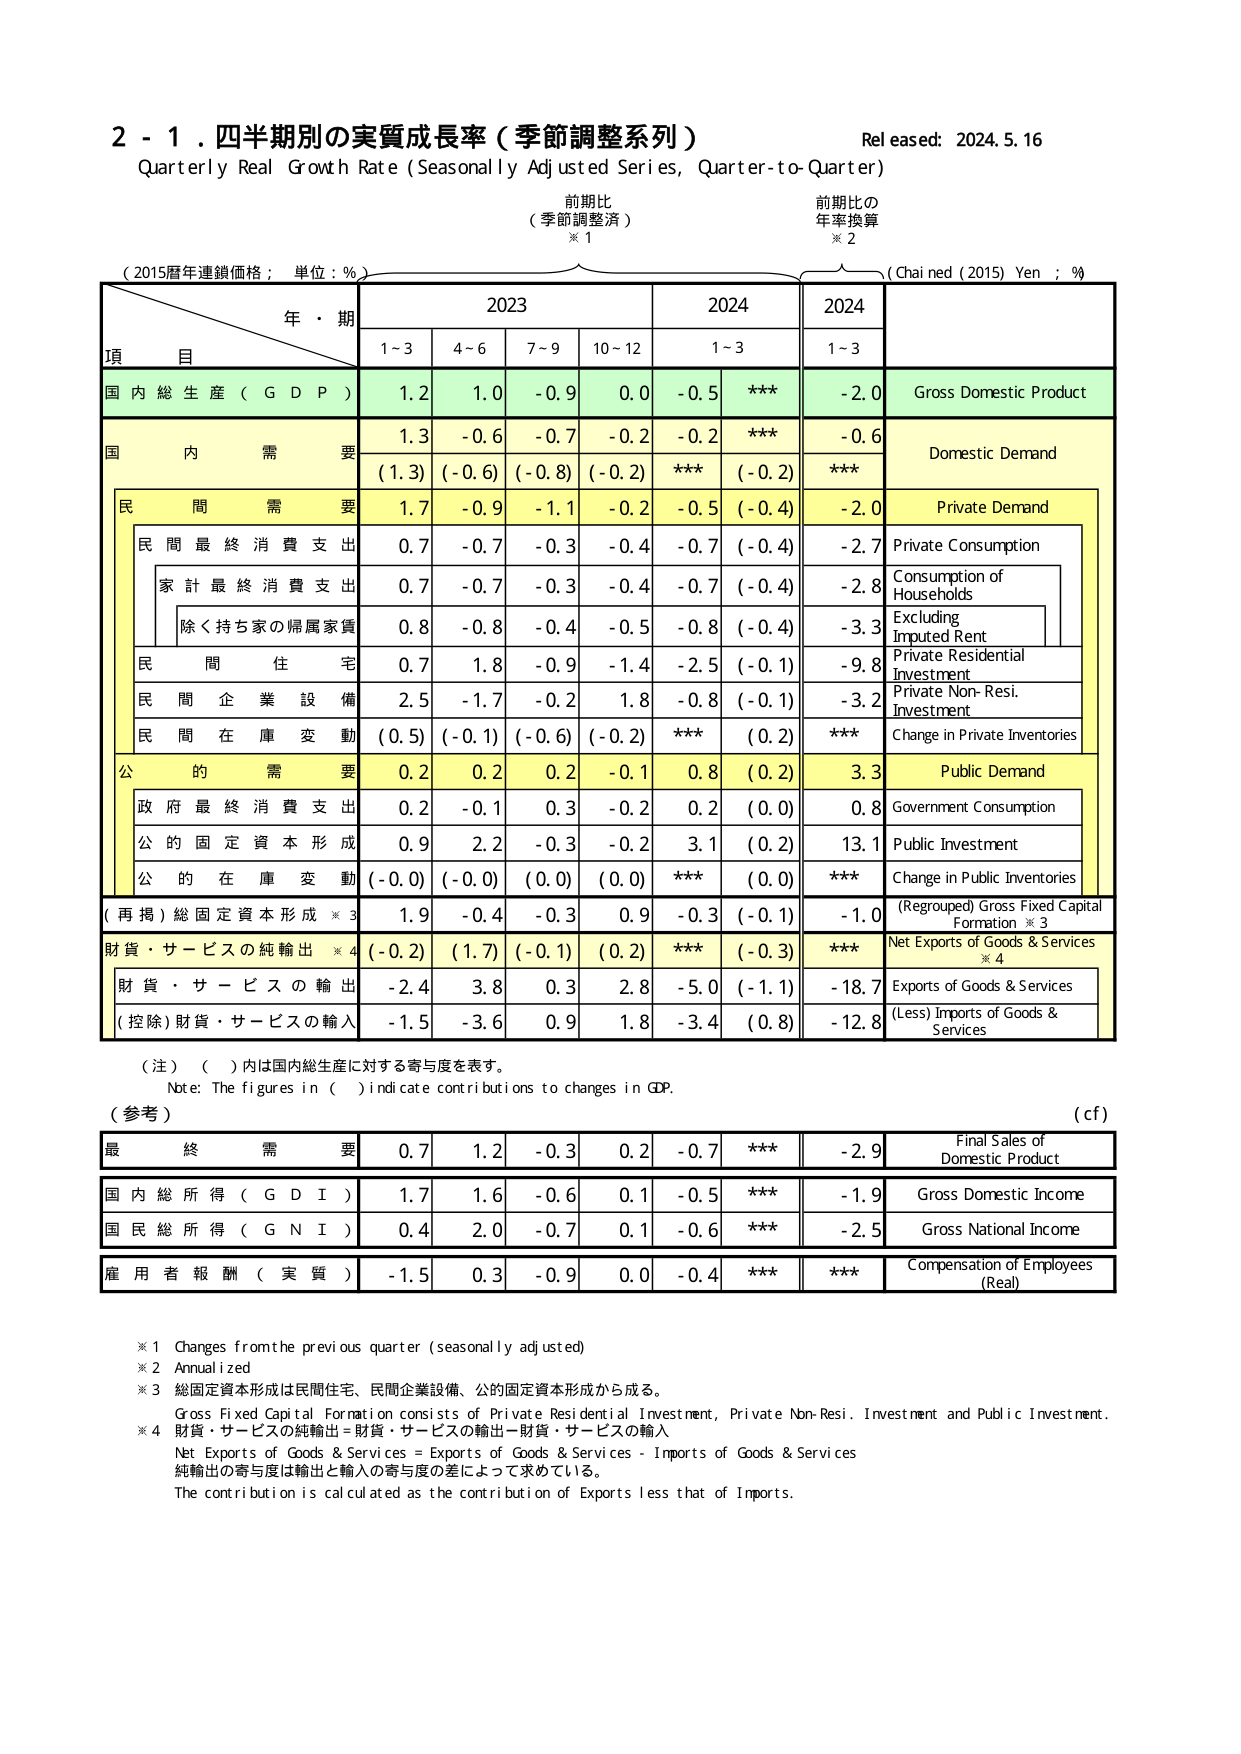
2 - 1. 四半期別の実質成長率（季節調整系列）
Quarterly Real Growth Rate (Seasonally Adjusted Series, Quarter-to-Quarter)
Released: 2024.5.16
前期比
（季節調整済）
※1
前期比の
年率換算
※2
（2015暦年連鎖価格；単位：%）
(Chained (2015) Yen ; %)
年・期
2023
2024
2024
項 目
1~3
4~6
7~9
10~12
1~3
1~3
国内総生産（GDP）
1.2
1.0
-0.9
0.0
-0.5
***
-2.0
Gross Domestic Product
国内需要
1.3
-0.6
-0.7
-0.2
-0.2
***
-0.6
Domestic Demand
(1.3)
(-0.6)
(-0.8)
(-0.2)
***
(-0.2)
***
民間需要
1.7
-0.9
-1.1
-0.2
-0.5
(-0.4)
-2.0
Private Demand
民間最終消費支出
0.7
-0.7
-0.3
-0.4
-0.7
(-0.4)
-2.7
Private Consumption
家計最終消費支出
0.7
-0.7
-0.3
-0.4
-0.7
(-0.4)
-2.8
Consumption of Households
除く持ち家の帰属家賃
0.8
-0.8
-0.4
-0.5
-0.8
(-0.4)
-3.3
Excluding Imputed Rent
民間住宅
0.7
1.8
-0.9
-1.4
-2.5
(-0.1)
-9.8
Private Residential Investment
民間企業設備
2.5
-1.7
-0.2
1.8
-0.8
(-0.1)
-3.2
Private Non-Resi. Investment
民間在庫変動
(0.5)
(-0.1)
(-0.6)
(-0.2)
***
(0.2)
***
Change in Private Inventories
公的需要
0.2
0.2
0.2
-0.1
0.8
(0.2)
3.3
Public Demand
政府最終消費支出
0.2
-0.1
0.3
-0.2
0.2
(0.0)
0.8
Government Consumption
公的固定資本形成
0.9
2.2
-0.3
-0.2
3.1
(0.2)
13.1
Public Investment
公的在庫変動
(-0.0)
(-0.0)
(0.0)
(0.0)
***
(0.0)
***
Change in Public Inventories
(再掲)総固定資本形成※3
1.9
-0.4
-0.3
0.9
-0.3
(-0.1)
-1.0
(Regrouped) Gross Fixed Capital Formation ※3
財貨・サービスの純輸出※4
(-0.2)
(1.7)
(-0.1)
(0.2)
***
(-0.3)
***
Net Exports of Goods & Services ※4
財貨・サービスの輸出
-2.4
3.8
0.3
2.8
-5.0
(-1.1)
-18.7
Exports of Goods & Services
(控除)財貨・サービスの輸入
-1.5
-3.6
0.9
1.8
-3.4
(0.8)
-12.8
(Less) Imports of Goods & Services
（注）（ ）内は国内総生産に対する寄与度を表す。
Note: The figures in ( ) indicate contributions to changes in GDP.
（参考）
(cf)
最終需要
0.7
1.2
-0.3
0.2
-0.7
***
-2.9
Final Sales of Domestic Product
国内総所得（GDI）
1.7
1.6
-0.6
0.1
-0.5
***
-1.9
Gross Domestic Income
国民総所得（GNI）
0.4
2.0
-0.7
0.1
-0.6
***
-2.5
Gross National Income
雇用者報酬（実質）
-1.5
0.3
-0.9
0.0
-0.4
***
***
Compensation of Employees (Real)
※1 Changes from the previous quarter (seasonally adjusted)
※2 Annualized
※3 総固定資本形成は民間住宅、民間企業設備、公的固定資本形成から成る。
Gross Fixed Capital Formation consists of Private Residential Investment, Private Non-Resi. Investment and Public Investment.
※4 財貨・サービスの純輸出＝財貨・サービスの輸出－財貨・サービスの輸入
Net Exports of Goods & Services = Exports of Goods & Services - Imports of Goods & Services
純輸出の寄与度は輸出と輸入の寄与度の差によって求めている。
The contribution is calculated as the contribution of Exports less that of Imports.